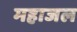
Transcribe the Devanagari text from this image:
महाजल